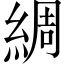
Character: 綢